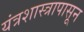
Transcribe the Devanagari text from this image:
यंत्रशास्त्रापासून